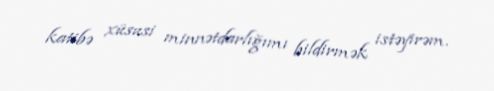
katibə xüsusi minnətdarlığımı bildirmək istəyirəm.